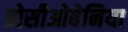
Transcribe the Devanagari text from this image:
प्रोसीओबेनिया